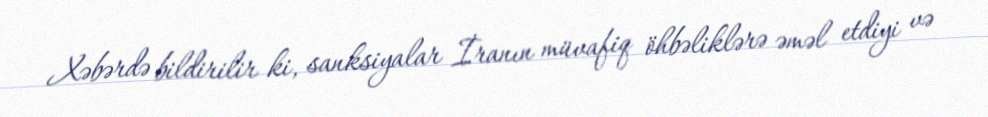
Xəbərdə bildirilir ki, sanksiyalar İranın müvafiq öhbəliklərə əməl etdiyi və